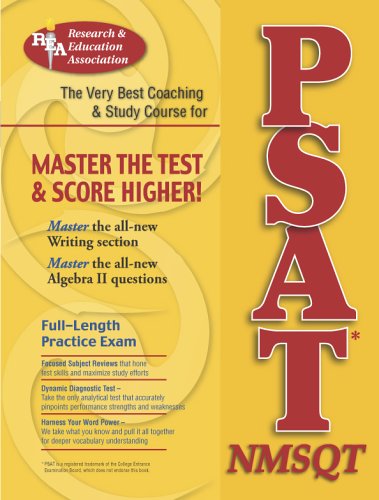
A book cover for PSAT/NMSQT(REA) The Best Coaching and Study Course for the PSAT (SAT PSAT ACT (College Admission) Prep); Robert Bell; Test Preparation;